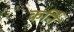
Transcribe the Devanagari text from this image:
कर्नि